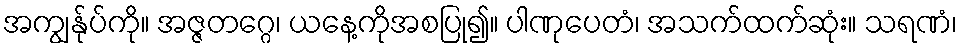
အကျွန်ုပ်ကို။ အဇ္ဇတဂ္ဂေ၊ ယနေ့ကိုအစပြု၍။ ပါဏုပေတံ၊ အသက်ထက်ဆုံး။ သရဏံ၊